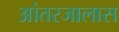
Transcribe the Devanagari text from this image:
आंतरजालास